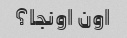
اون اونجا؟